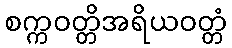
စက္ကဝတ္တိအရိယဝတ္တံ